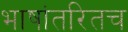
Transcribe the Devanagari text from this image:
भाषांतरितच